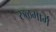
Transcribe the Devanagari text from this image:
रुळमार्ग